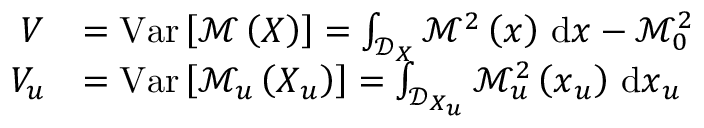
\begin{array} { r l } { V } & { = \operatorname { V a r } \left[ \mathcal { M } \left( \boldsymbol { X } \right) \right] = \int _ { \mathcal { D } _ { \boldsymbol { X } } } \mathcal { M } ^ { 2 } \left( \boldsymbol { x } \right) \, \mathrm { d } \boldsymbol { x } - \mathcal { M } _ { 0 } ^ { 2 } } \\ { V _ { u } } & { = \operatorname { V a r } \left[ \mathcal { M } _ { u } \left( \boldsymbol { X } _ { u } \right) \right] = \int _ { \mathcal { D } _ { \boldsymbol { X } _ { u } } } \mathcal { M } _ { u } ^ { 2 } \left( \boldsymbol { x } _ { u } \right) \, \mathrm { d } \boldsymbol { x } _ { u } } \end{array}